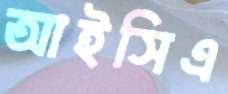
আইসিএ